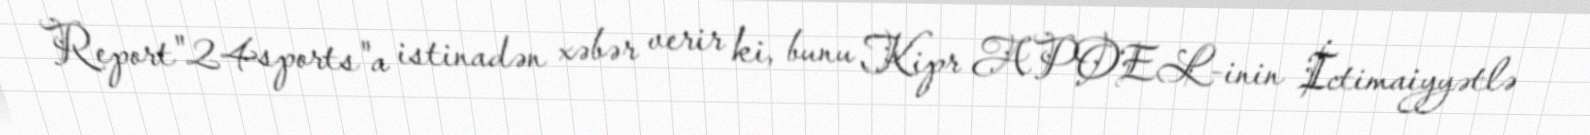
Report"24sports"a istinadən xəbər verir ki, bunu Kipr APOEL-inin İctimaiyyətlə